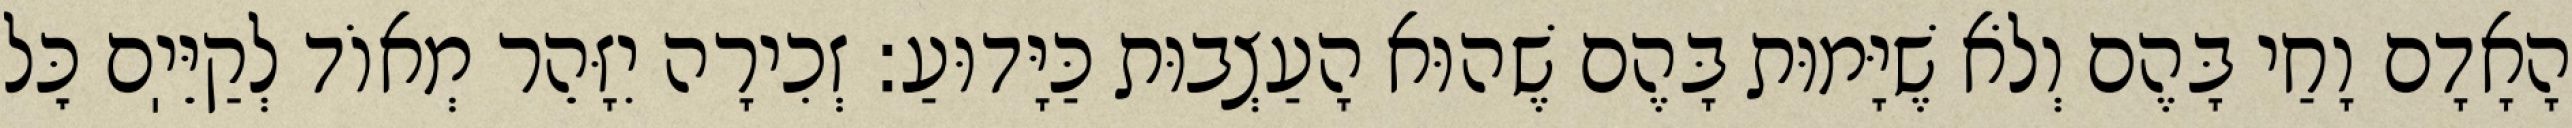
הָאָדָם וָחַי בָּהֶם וְלֹא שֶׁיָּמוּת בָּהֶם שֶׁהוּא הָעַצְבוּת כַּיָּדוּעַ: זְכִירָה יִזָּהֵר מְאוֹד לְקַיֵּיֽם כׇּל